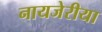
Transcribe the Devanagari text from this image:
नायजेरीया